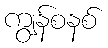
ကျွန်စနစ်